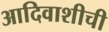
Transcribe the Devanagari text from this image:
आदिवाशीची